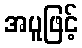
အပူဖြင့်